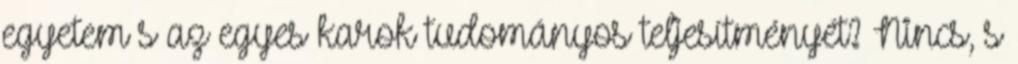
egyetem s az egyes karok tudományos teljesítményét? Nincs, s